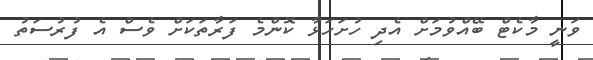
ވަނީ މާކެޓް ބޭއްވުމަށް އެދި ހުށަހަޅާ ކޮންމެ ފަރާތަކަށް ވެސް އެ ފުރުސަތު